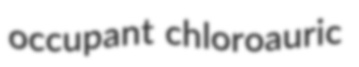
occupant chloroauric